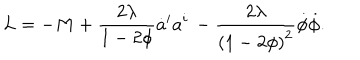
L = - M + { \frac { 2 \lambda } { 1 - 2 \phi } } \dot { a } ^ { i } \dot { a } ^ { i } \nonumber \, - { \frac { 2 \lambda } { { ( 1 - 2 \phi ) } ^ { 2 } } } \dot { \phi } \dot { \phi } .